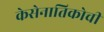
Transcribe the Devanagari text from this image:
केसेनातिकोची